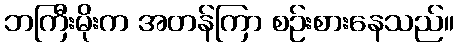
ဘကြီးမိုးက အတန်ကြာ စဉ်းစားနေသည်။